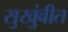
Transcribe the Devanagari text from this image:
सुखुंवीत